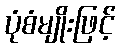
ပုံစံမျိုးဖြင့်